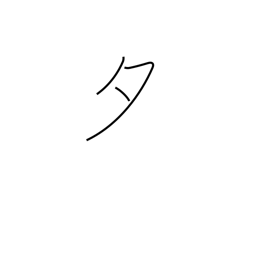
Meaning: evening